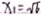
x _ { 1 } = \sqrt { 6 }